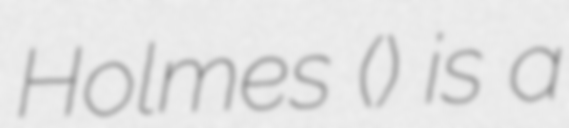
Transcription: Holmes () is a